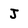
Character: J